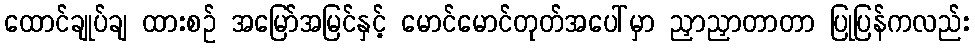
ထောင်ချုပ်ချ ထားစဉ် အမြော်အမြင်နှင့် မောင်မောင်တုတ်အပေါ်မှာ ညှာညှာတာတာ ပြုပြန်ကလည်း